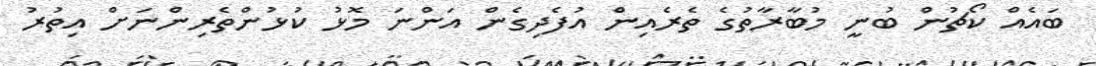
ބައެއް ކޯޗުން ބުނީ މުބާރާތުގެ ތެރެއިން އުފެދިގެން އަންނަ މޮޅު ކުޅުންތެރިންނަށް އިތުރު